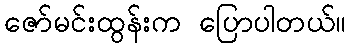
ဇော်မင်းထွန်းက ပြောပါတယ်။